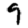
Digit: 9